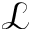
\mathcal { L }